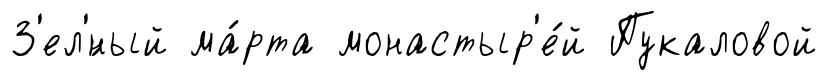
З'ел'́ный ма́рта монастыр'е́й Пукаловой